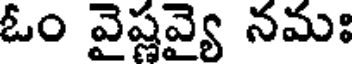
ఓం వైష్ణవ్యై నమః